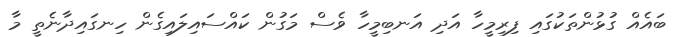
ބައެއް ގުޅުންތަކުގައި ފިރިމީހާ އަދި އަނބިމީހާ ވެސް މަގުން ކައްސައިލައިގެން ހިނގައިދާނެތީ މާ